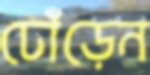
ঢোঁড়েন